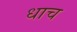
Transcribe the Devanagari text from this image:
धाच